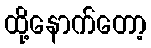
ထို့နောက်တော့